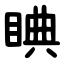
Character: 睓